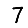
Digit: 7